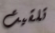
تلقيت